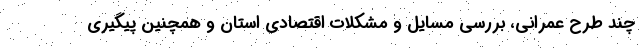
چند طرح عمرانی، بررسی مسایل و مشکلات اقتصادی استان و همچنین پیگیری